Annual report on the mental hospital in the Central Provinces and Berar (Nagpur) - 1927-1951
Year: 1927
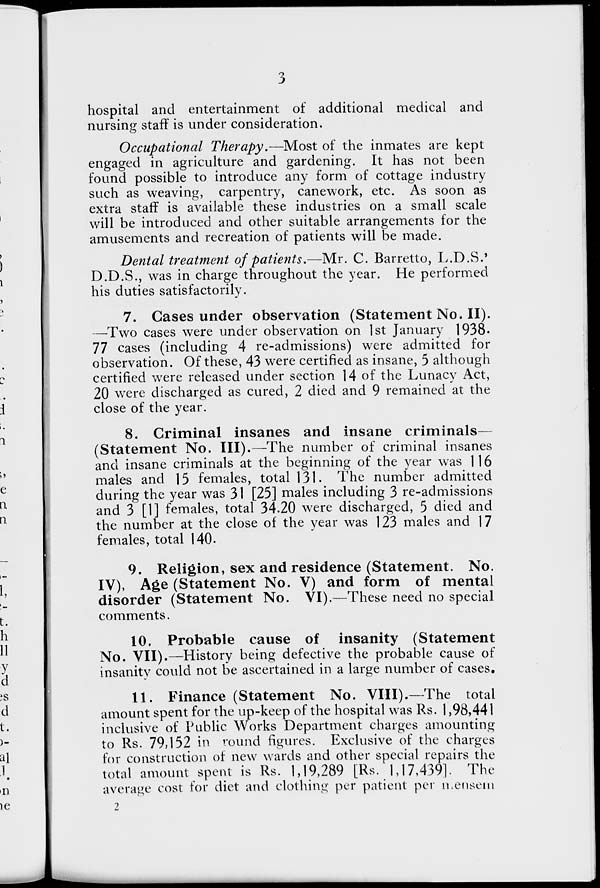
3
hospital and entertainment of additional medical and
nursing staff is under consideration.
Occupational Therapy.—Most of the inmates are kept
engaged in agriculture and gardening. It has not been
found possible to introduce any form of cottage industry
such as weaving, carpentry, canework, etc. As soon as
extra staff is available these industries on a small scale
will be introduced and other suitable arrangements for the
amusements and recreation of patients will be made.
Dental treatment of patients.—Mr. C. Barretto, L.D.S.,
D.D.S., was in charge throughout the year. He performed
his duties satisfactorily.
7. Cases under observation (Statement No.II).
—Two cases were under observation on 1st January 1938
77 cases (including 4 re-admissions) were admitted for
observation. Of these, 43 were certified as insane, 5 although
certified were released under section 14 of the Lunacy Act,
20 were discharged as cured, 2 died and 9 remained at the
close of the year.
8. Criminal insanes and insane criminals—
(Statement No. III).—The number of criminal insanes
and insane criminals at the beginning of the year was 116
males and 15 females, total 131. The number admitted
during the year was 31 [25] males including 3 re-admissions
and 3 [1] females, total 34.20 were discharged, 5 died and
the number at the close of the year was 123 males and 17
females, total 140.
9. Religion, sex and residence (Statement. No.
IV), Age (Statement No. V) and form of mental
disorder (Statement No. VI).—These need no special
comments.
10. Probable cause of insanity (Statement
No. VII).—History being defective the probable cause of
insanity could not be ascertained in a large number of cases.
11. Finance (Statement No. VIII).—The total
amount spent for the up-keep of the hospital was Rs. 1,98,441
inclusive of Public Works Department charges amounting
to Rs. 79,152 in round figures. Exclusive of the charges
for construction of new wards and other special repairs the
total amount spent is Rs. 1,19,289 [Rs. 1, 17,439]. The
average cost for diet and clothing per patient per mensem
2